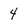
Character: 4